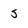
Character: 5